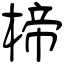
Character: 楴